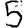
Digit: 5